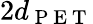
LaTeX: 2d_{\mathrm{~P~E~T~}}